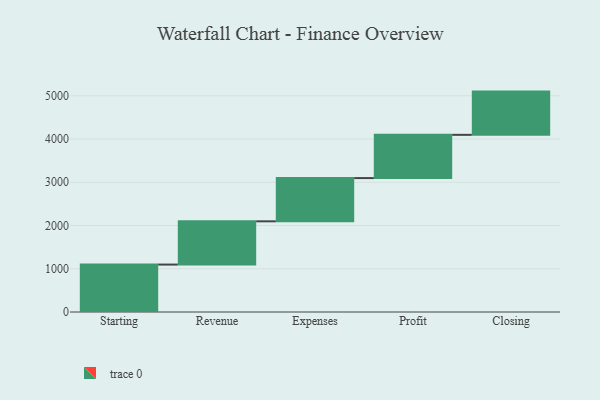
{"axis": {"x": "Step", "y": "Value"}, "legend": [""], "data": [{"x": "Starting", "y": 1097.0, "type": ""}, {"x": "Revenue", "y": 1000, "type": ""}, {"x": "Expenses", "y": 1000, "type": ""}, {"x": "Profit", "y": 1000, "type": ""}, {"x": "Closing", "y": 1000, "type": ""}]}